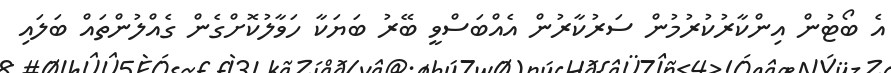
އެ ބޯޓުން އިންކާރުކުރުމުން ސަރުކާރުން އެއްބަސްވީ ބޭރު ބަޔަކާ ހަވާލުކޮށްގެން ގެއްލުންތައް ބަލައި